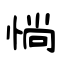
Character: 惝